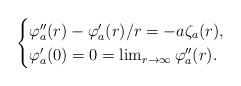
LaTeX: \begin{align*} \begin{cases} \varphi''_a(r) - \varphi'_a(r)/r = - a\zeta_a(r),\\\varphi_a'(0) = 0 = \lim_{r\to\infty} \varphi_a''(r). \end{cases}\end{align*}